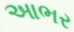
આભર